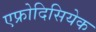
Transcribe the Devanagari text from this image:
एफ्रोदिसियेक